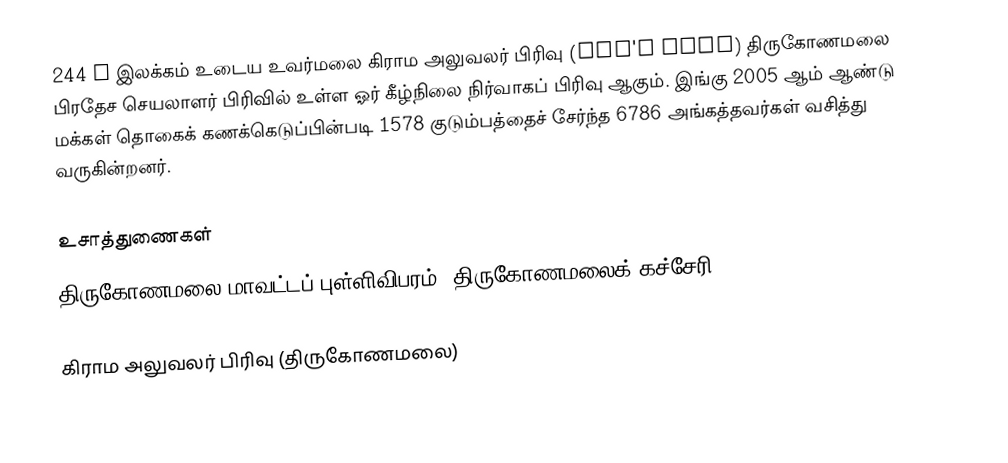
244 P இலக்கம்  உடைய உவர்மலை கிராம அலுவலர் பிரிவு  (Orr's Hill) திருகோணமலை பிரதேச செயலாளர் பிரிவில் உள்ள ஓர் கீழ்நிலை நிர்வாகப் பிரிவு ஆகும். இங்கு 2005 ஆம் ஆண்டு மக்கள் தொகைக் கணக்கெடுப்பின்படி 1578 குடும்பத்தைச் சேர்ந்த 6786 அங்கத்தவர்கள் வசித்து வருகின்றனர்.

உசாத்துணைகள்
திருகோணமலை மாவட்டப் புள்ளிவிபரம், திருகோணமலைக் கச்சேரி 2006.

கிராம அலுவலர் பிரிவு (திருகோணமலை)